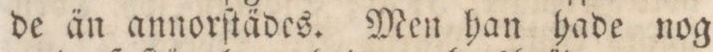
de än annorſtädes. Men han hade nog